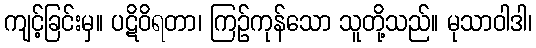
ကျင့်ခြင်းမှ။ ပဋိဝိရတာ၊ ကြဉ်ကုန်သော သူတို့သည်။ မုသာဝါဒါ၊